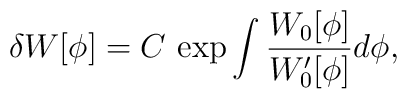
\delta W [\phi] = C\, \exp \int \frac{W_0 [\phi]}{W_0' [\phi]} d\phi,